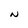
Character: N